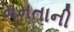
મમતાની